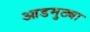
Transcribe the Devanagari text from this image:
आडमुठ्या